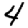
Digit: 4